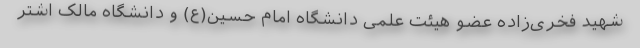
شهید فخری‌زاده عضو هیئت علمی دانشگاه امام حسین(ع) و دانشگاه مالک اشتر